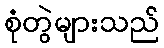
စုံတွဲများသည်